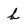
Character: b